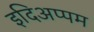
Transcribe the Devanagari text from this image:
इदिअप्पम